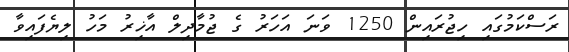
ރަސްކަމުގައި ހިޖުރައިން 1250 ވަނަ އަހަރު ގެ ޖުމާދިލް އާޚިރު މަހު ލިޔެފައިވާ